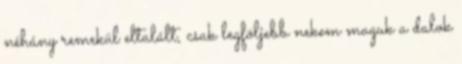
néhány remekül eltalált, csak legföljebb nekem maguk a dalok